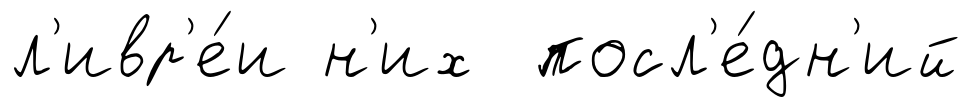
л'ивр'е́и н'их посл'е́дн'ий